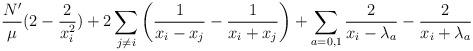
LaTeX: \begin{align*}\frac{N'}{\mu} (2 -\frac 2{x_i^2})+2\sum_{j\neq i}\left(\frac 1{x_i-x_j}-\frac 1{x_i+x_j}\right) + \sum_{a=0,1}\frac2{x_i-\lambda_a} -\frac2{x_i+\lambda_a}\end{align*}